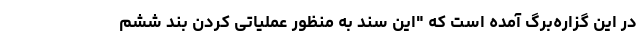
در این گزاره‌برگ آمده است که "این سند به منظور عملیاتی کردن بند ششم